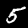
Digit: 5